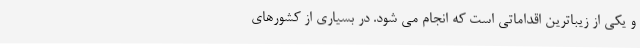
و یکی از زیباترین اقداماتی است که انجام می شود. در بسیاری از کشورهای